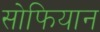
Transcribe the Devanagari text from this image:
सोफियान